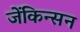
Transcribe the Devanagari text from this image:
जेंकिन्सन